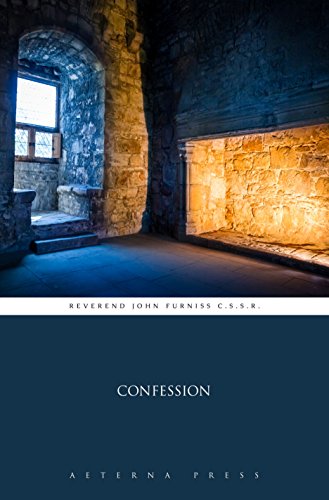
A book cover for Confession (Illustrated); Reverend John Furniss C.S.S.R.; Christian Books & Bibles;